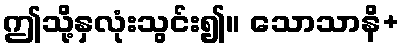
ဤသို့နှလုံးသွင်း၍။ သောသာနိ+